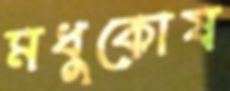
মধুকোষ